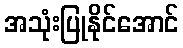
အသုံးပြုနိုင်အောင်